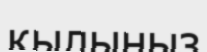
қылыңыз